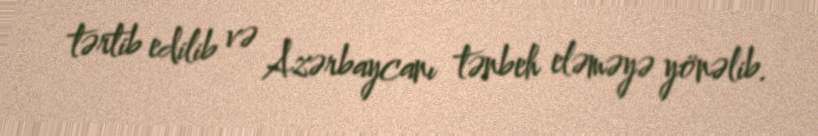
tərtib edilib və Azərbaycanı tənbeh eləməyə yönəlib.